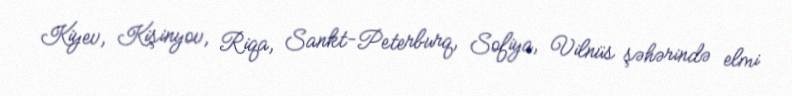
Kiyev, Kişinyov, Riqa, Sankt-Peterburq, Sofiya, Vilnüs şəhərində elmi